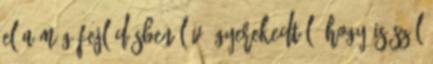
el a még fejlődésben lévő gyerekedtől. Hogy is szól